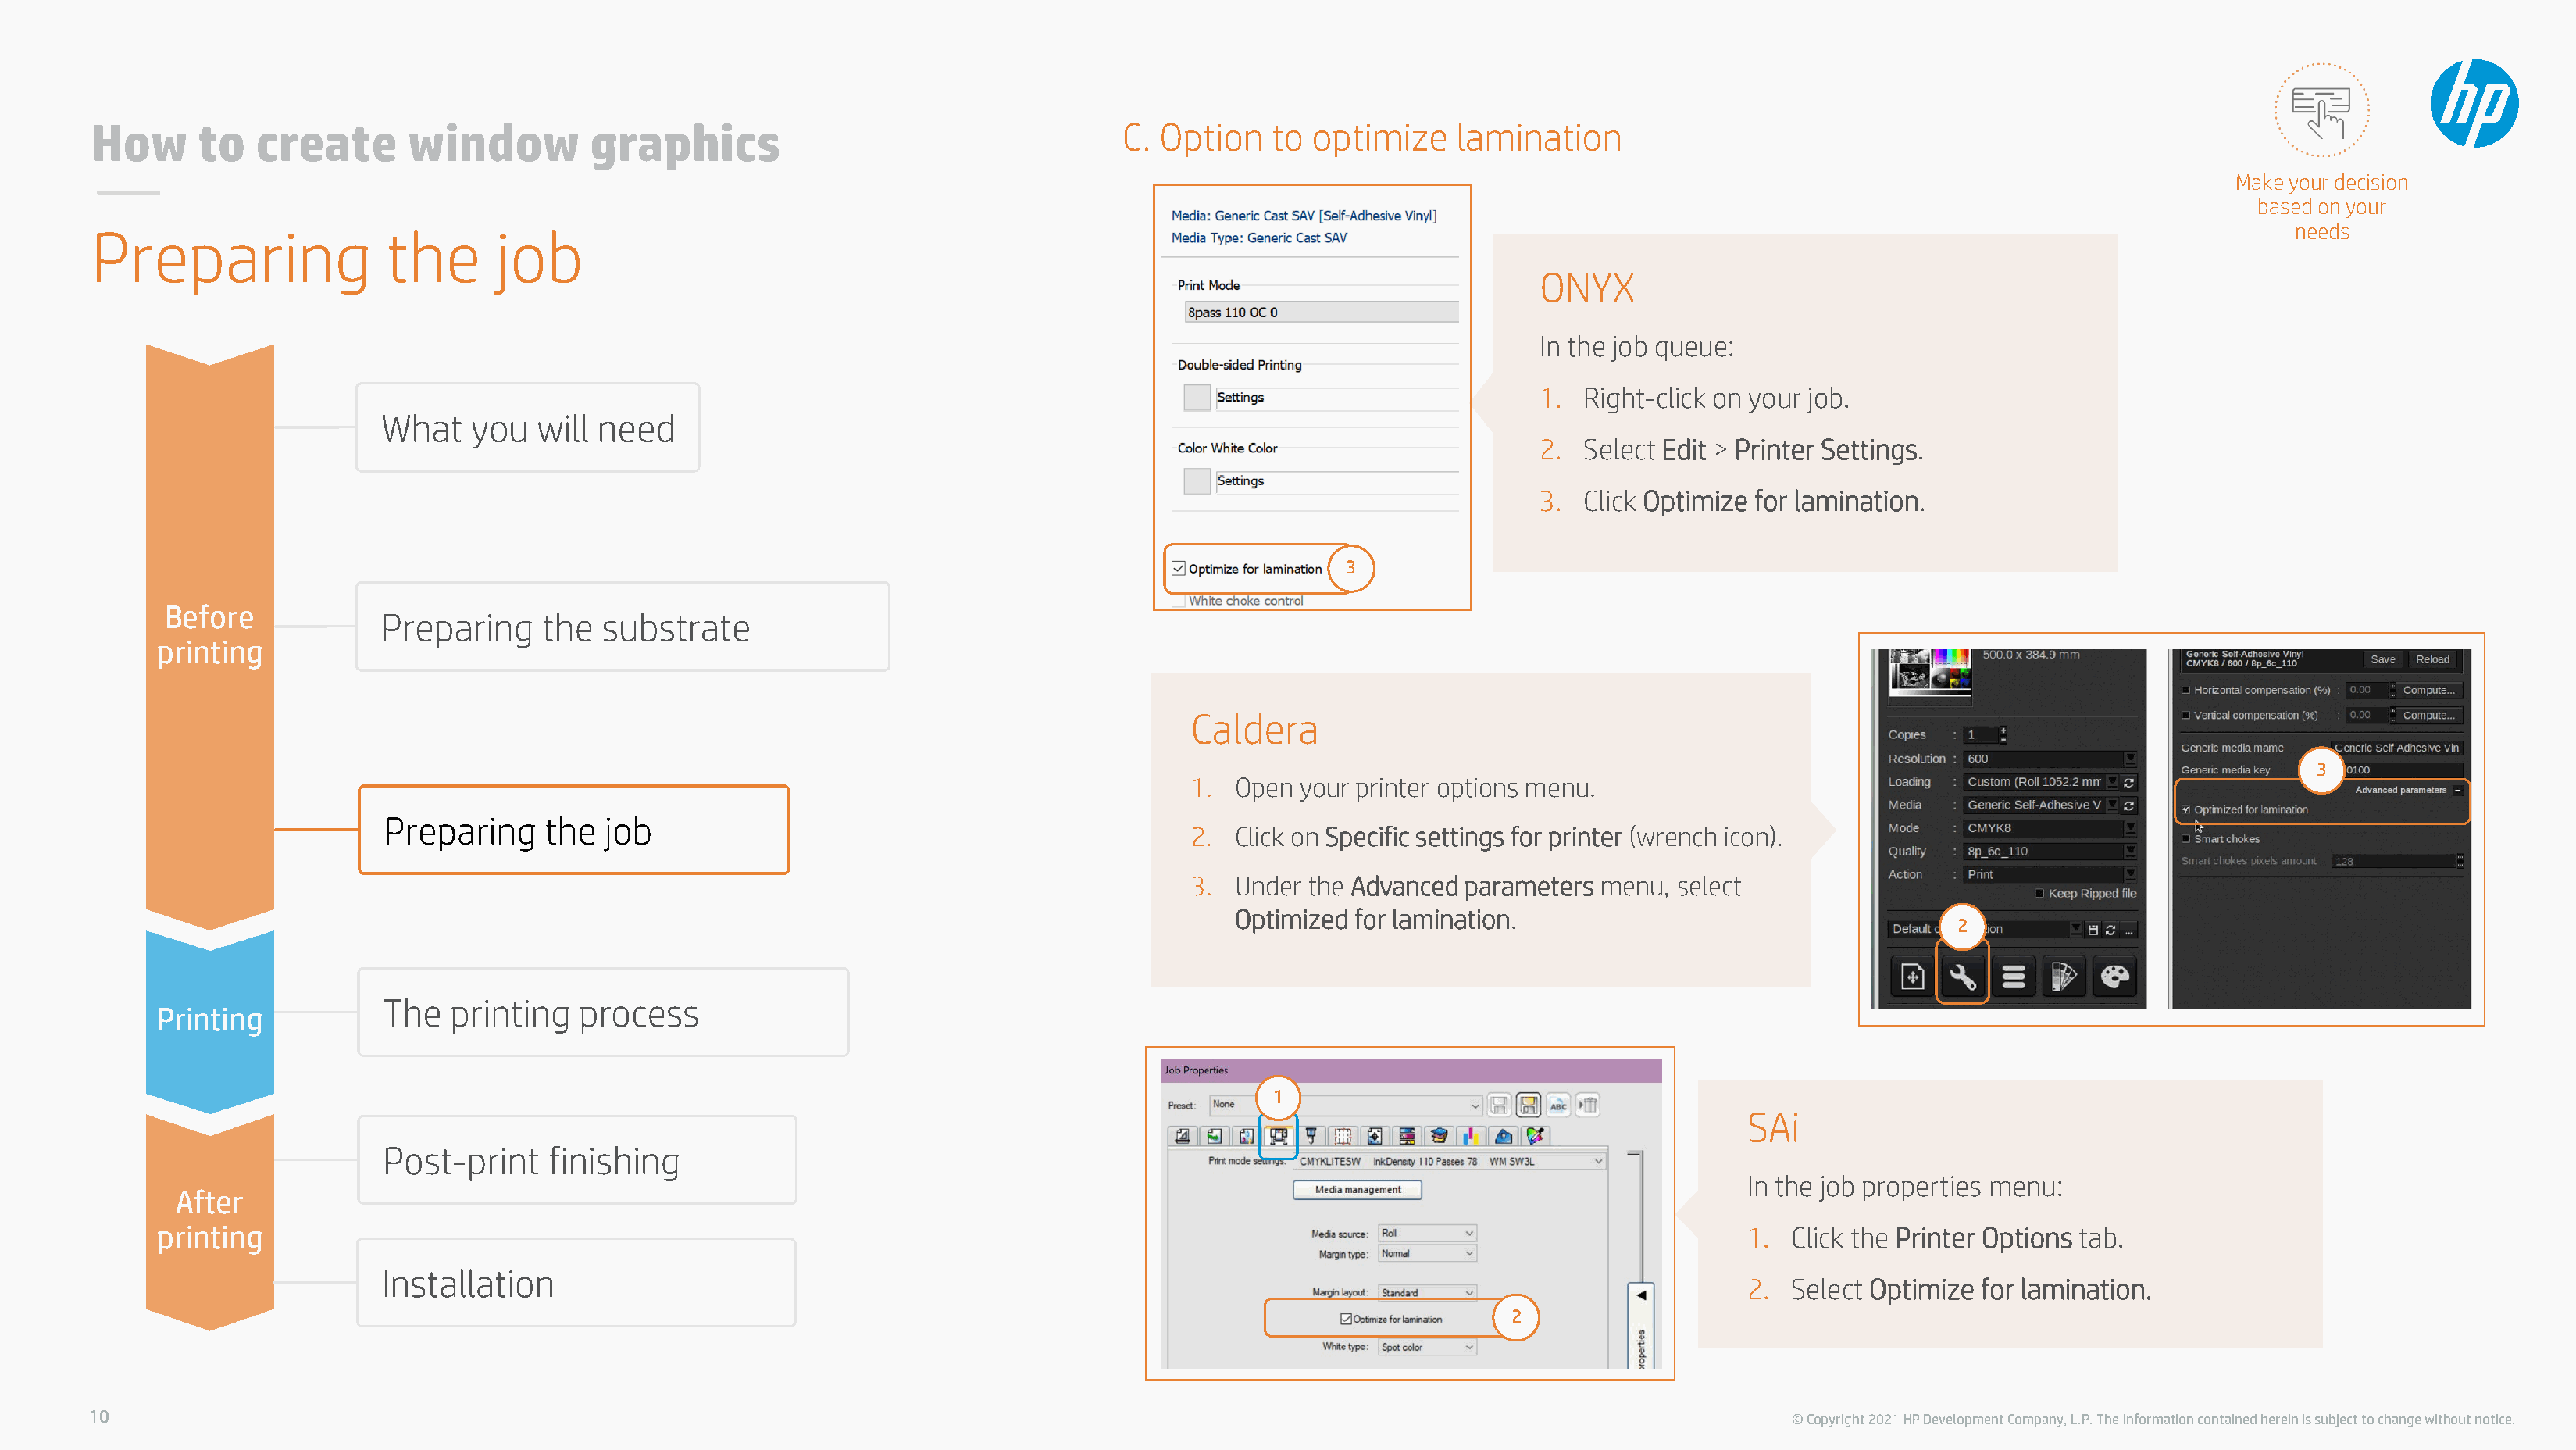
How      to   create       window         graphics                                     C. Option    to optimize    lamination
 Make your decision
 based on your
 Preparing                the      job                                                                                                                                                     needs
 ONYX
 In the job queue:
 1. Right-click on your job.
 What    you   will need
 2. Select Edit > Printer Settings.
 3. Click Optimize for lamination.
 3
 Before            Preparing     the  substrate
 printing
 Caldera
 3
 1.  Open your printer options menu.
 Preparing    the  job
 2.  Click on Specific settings for printer (wrench icon).
 3.  Under the Advanced parameters  menu, select
 Optimized for lamination.
 2
 The   printing   process
 Printing
 1
 SAi
 Post-print    finishing
 In the job properties menu:
 After
 printing                                                                                                                               1.  Click the Printer Options tab.
 Installation
 2.  Select Optimize for lamination.
 2
 10                                                                                                                                              © Copyright 2021 HP Development Company, L.P. The information contained herein is subject to change without notice.